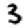
Digit: 3